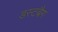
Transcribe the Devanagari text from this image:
डस्टबैग